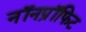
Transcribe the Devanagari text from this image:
नॉनप्रॉफिट